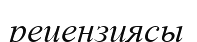
рецензиясы